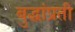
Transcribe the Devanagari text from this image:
बुद्धांप्रती